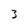
Character: 3